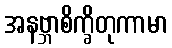
အနဗ္ဘာစိက္ခိတုကာမာ